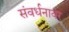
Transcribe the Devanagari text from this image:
संवर्धनावर